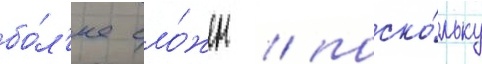
бо́л'ее сло́жен / поско́льку